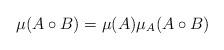
LaTeX: \begin{align*}\mu(A\circ B) = \mu(A) \mu_A(A \circ B)\end{align*}